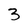
Character: 3